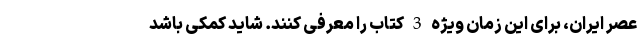
عصر ایران، برای این زمان ویژه 3 کتاب را معرفی کنند. شاید کمکی باشد